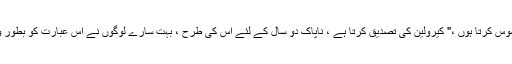
"میں اپنے آپ کو محسوس کرتا ہوں ،" کیرولین کی تصدیق کرتا ہے ، ناپاک دو سال کے لئے اس کی طرح ، بہت سارے لوگوں نے اس عبارت کو بطور وحی محسوس کیا ہے۔